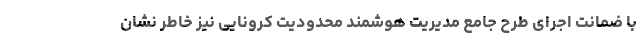
با ضمانت اجرای طرح جامع مدیریت هوشمند محدودیت کرونایی نیز خاطر نشان